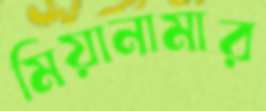
মিয়ানামার